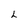
Character: L